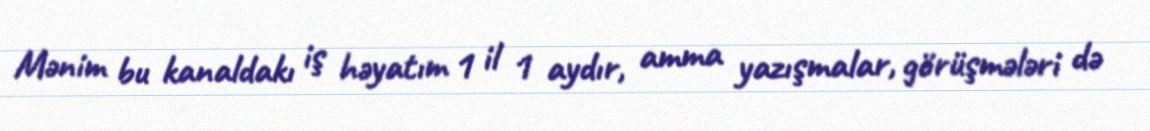
Mənim bu kanaldakı iş həyatım 1 il 1 aydır, amma yazışmalar, görüşmələri də